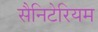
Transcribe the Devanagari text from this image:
सैनिटेरियम